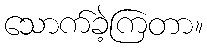
သောက်ခဲ့ကြတာ။